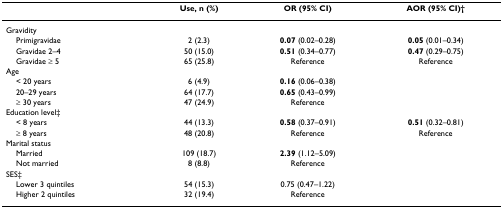
<table><thead><tr><td></td><td><b>Use, n (%)</b></td><td><b>OR (95% CI)</b></td><td><b>AOR (95% CI)†</b></td></tr></thead><tbody><tr><td>Gravidity</td><td></td><td></td><td></td></tr><tr><td> Primigravidae</td><td>2 (2.3)</td><td><b>0.07 </b>(0.02–0.28)</td><td><b>0.05 </b>(0.01–0.34)</td></tr><tr><td> Gravidae 2–4</td><td>50 (15.0)</td><td><b>0.51 </b>(0.34–0.77)</td><td><b>0.47 </b>(0.29–0.75)</td></tr><tr><td> Gravidae ≥ 5</td><td>65 (25.8)</td><td>Reference</td><td>Reference</td></tr><tr><td>Age</td><td></td><td></td><td></td></tr><tr><td> &lt; 20 years</td><td>6 (4.9)</td><td><b>0.16 </b>(0.06–0.38)</td><td></td></tr><tr><td> 20–29 years</td><td>64 (17.7)</td><td><b>0.65 </b>(0.43–0.99)</td><td></td></tr><tr><td> ≥ 30 years</td><td>47 (24.9)</td><td>Reference</td><td></td></tr><tr><td>Education level‡</td><td></td><td></td><td></td></tr><tr><td> &lt; 8 years</td><td>44 (13.3)</td><td><b>0.58 </b>(0.37–0.91)</td><td><b>0.51 </b>(0.32–0.81)</td></tr><tr><td> ≥ 8 years</td><td>48 (20.8)</td><td>Reference</td><td>Reference</td></tr><tr><td>Marital status</td><td></td><td></td><td></td></tr><tr><td> Married</td><td>109 (18.7)</td><td><b>2.39 </b>(1.12–5.09)</td><td></td></tr><tr><td> Not married</td><td>8 (8.8)</td><td>Reference</td><td></td></tr><tr><td>SES‡</td><td></td><td></td><td></td></tr><tr><td> Lower 3 quintiles</td><td>54 (15.3)</td><td>0.75 (0.47–1.22)</td><td></td></tr><tr><td> Higher 2 quintiles</td><td>32 (19.4)</td><td>Reference</td><td></td></tr></tbody></table>